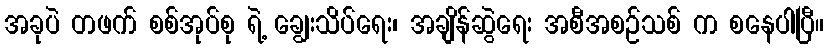
အခုပဲ တဖက် စစ်အုပ်စု ရဲ့ ချွေးသိပ်ရေး၊ အချိန်ဆွဲရေး အစီအစဉ်သစ် က စနေပါပြီ။